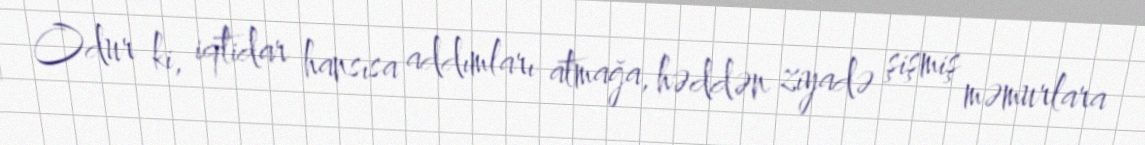
Odur ki, iqtidar hansısa addımları atmağa, həddən ziyadə şişmiş məmurlara